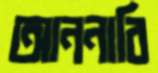
আননাবি